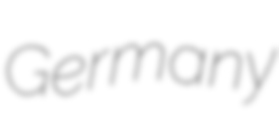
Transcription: Germany